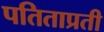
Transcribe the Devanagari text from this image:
पतिताप्रती